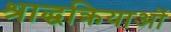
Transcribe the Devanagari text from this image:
श्राद्धक्रियाओं